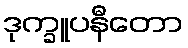
ဒုက္ခူပနီတော